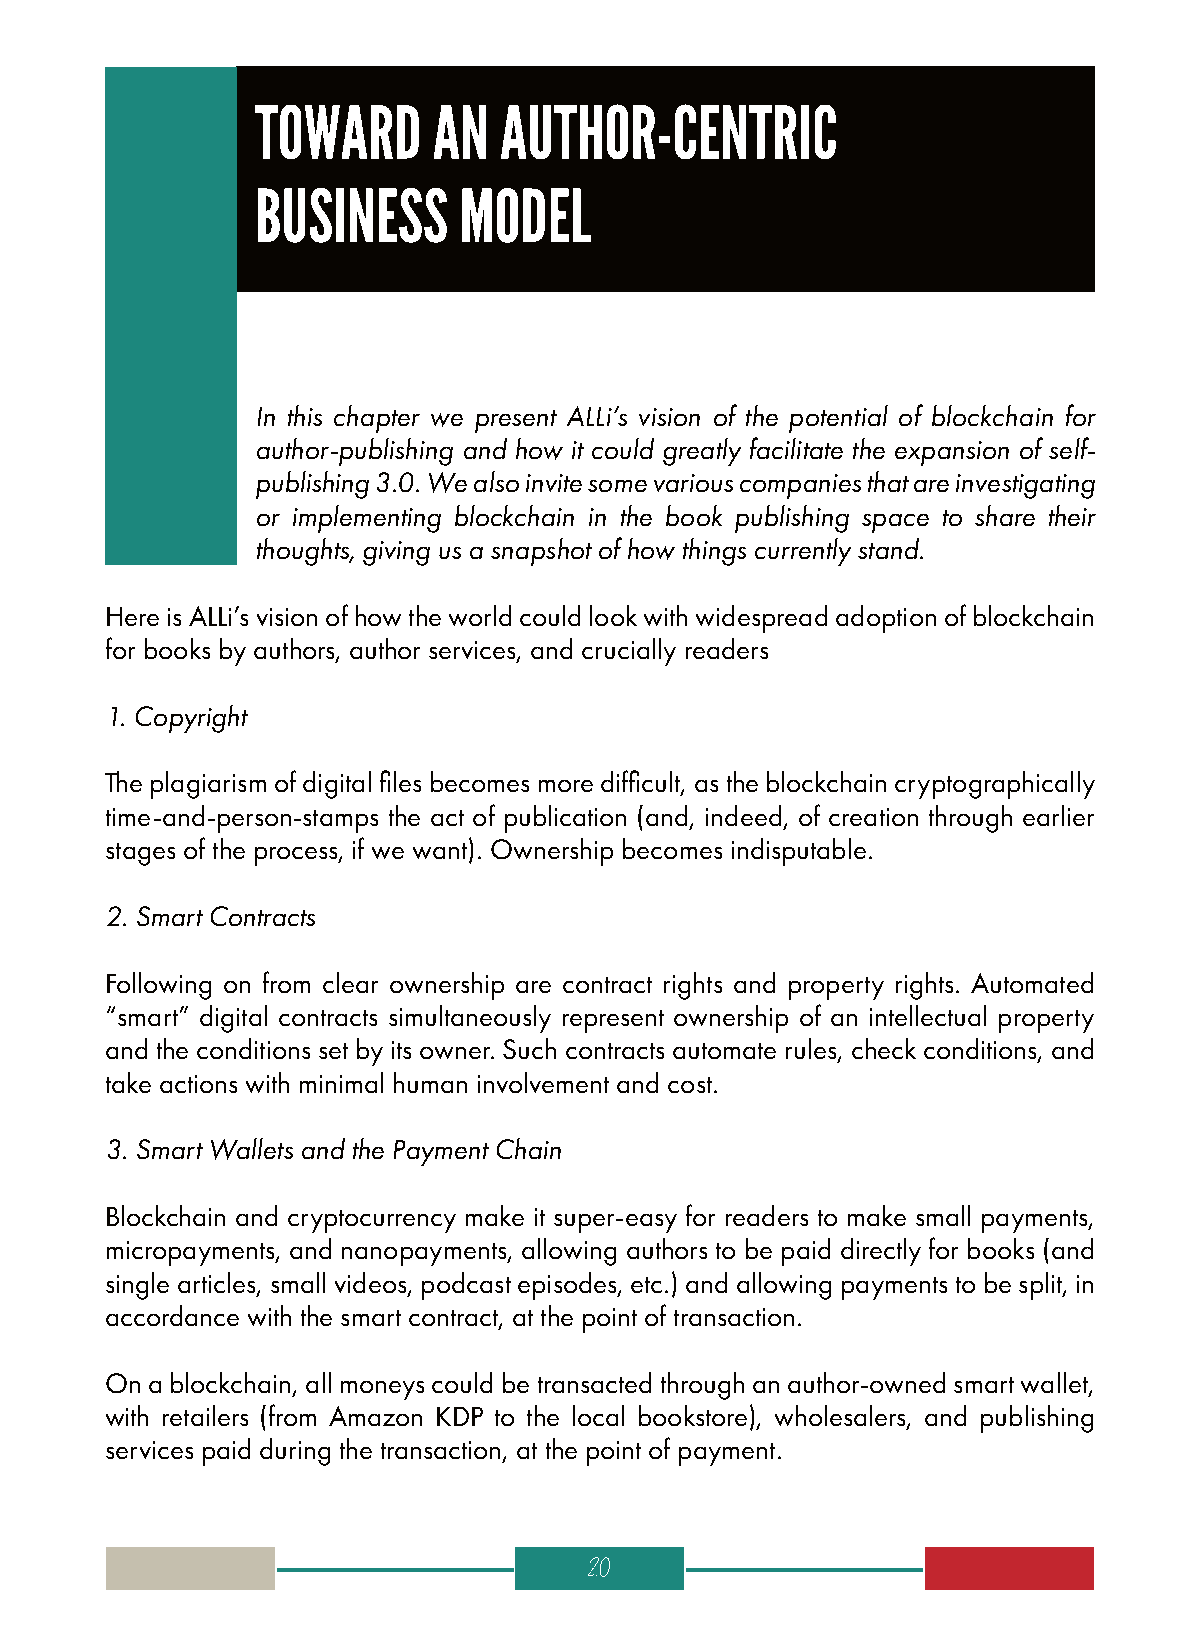
TOWARD      AN  AUTHOR-CENTRIC
 BUSINESS     MODEL
 In this chapter we present ALLi’s vision of the potential of blockchain for
 author-publishing and how it could greatly facilitate the expansion of self-
 publishing 3.0. We also invite some various companies that are investigating
 or implementing blockchain in the book publishing space to share their
 thoughts, giving us a snapshot of how things currently stand.
 Here is ALLi’s vision of how the world could look with widespread adoption of blockchain
 for books by authors, author services, and crucially readers
 1. Copyright
 The plagiarism of digital files becomes more difficult, as the blockchain cryptographically
 time-and-person-stamps the act of publication (and, indeed, of creation through earlier
 stages of the process, if we want). Ownership becomes indisputable.
 2. Smart Contracts
 Following on from clear ownership are contract rights and property rights. Automated
 “smart” digital contracts simultaneously represent ownership of an intellectual property
 and the conditions set by its owner. Such contracts automate rules, check conditions, and
 take actions with minimal human involvement and cost.
 3. Smart Wallets and the Payment Chain
 Blockchain and cryptocurrency make it super-easy for readers to make small payments,
 micropayments, and nanopayments, allowing authors to be paid directly for books (and
 single articles, small videos, podcast episodes, etc.) and allowing payments to be split, in
 accordance with the smart contract, at the point of transaction.
 On a blockchain, all moneys could be transacted through an author-owned smart wallet,
 with retailers (from Amazon KDP to the local bookstore), wholesalers, and publishing
 services paid during the transaction, at the point of payment.
 20